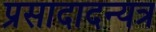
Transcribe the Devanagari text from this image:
प्रसादादन्यत्र